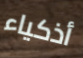
أذكياء